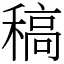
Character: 稿